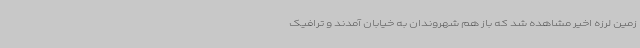
زمین لرزه اخیر مشاهده شد که باز هم شهروندان به خیابان آمدند و ترافیک